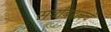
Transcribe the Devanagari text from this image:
सर्वांबद्दलचं